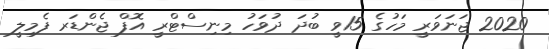
2020 ޖަނަވަރީ މަހުގެ 15ވީ ބުދަ ދުވަހު މިނިސްޓްރީ އޮފް ޖެންޑަރ ފެމިލީ